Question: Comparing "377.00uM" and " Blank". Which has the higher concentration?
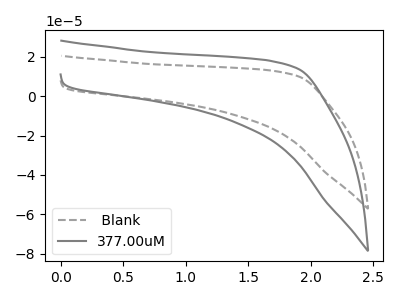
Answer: <think>The gray dashed curve " Blank" has no peaks. The gray curve "377.00uM" has no peaks.
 Neither "377.00uM" or " Blank" have any peaks.</think>
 <answer>I cant tell if "377.00uM" or " Blank" has higher concentration.</answer>
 <eval>mixed_concentration</eval>